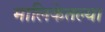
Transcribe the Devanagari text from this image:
मालिकेतल्या